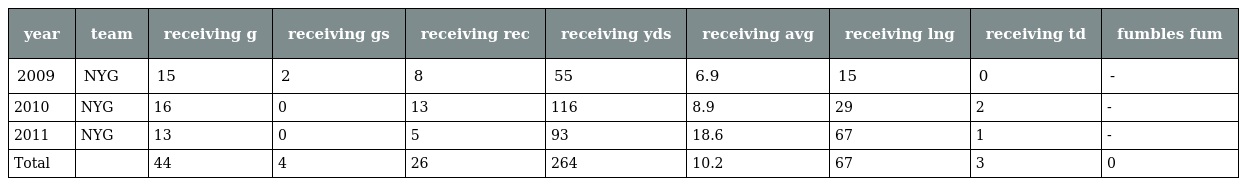
| year | team | receiving g | receiving gs | receiving rec | receiving yds | receiving avg | receiving lng | receiving td | fumbles fum |
 | --- | --- | --- | --- | --- | --- | --- | --- | --- | --- |
 | 2009 | NYG | 15 | 2 | 8 | 55 | 6.9 | 15 | 0 | - |
 | 2010 | NYG | 16 | 0 | 13 | 116 | 8.9 | 29 | 2 | - |
 | 2011 | NYG | 13 | 0 | 5 | 93 | 18.6 | 67 | 1 | - |
 | Total |  | 44 | 4 | 26 | 264 | 10.2 | 67 | 3 | 0 |